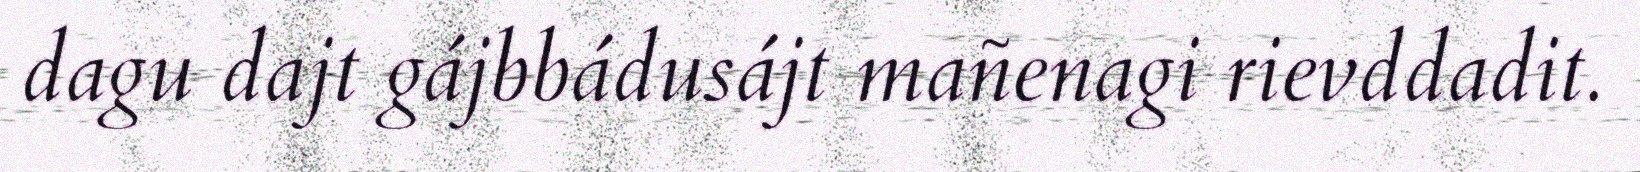
dagu dajt gájbbádusájt mañenagi rievddadit.